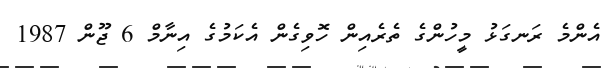
އެންމެ ރަނގަޅު މީހުންގެ ތެރެއިން ހޮވިގެން އެކަމުގެ އިނާމް 6 ޖޫން 1987